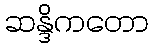
ဆန္ဒိကတော